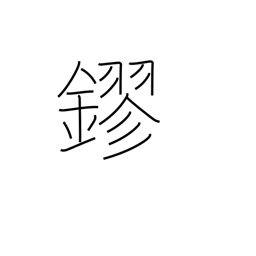
Meaning: gold